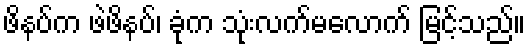
ဖိနပ်က ဖဲဖိနပ်၊ ခုံက သုံးလက်မလောက် မြင့်သည်။